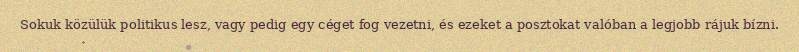
Sokuk közülük politikus lesz, vagy pedig egy céget fog vezetni, és ezeket a posztokat valóban a legjobb rájuk bízni.